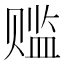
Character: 𬥾